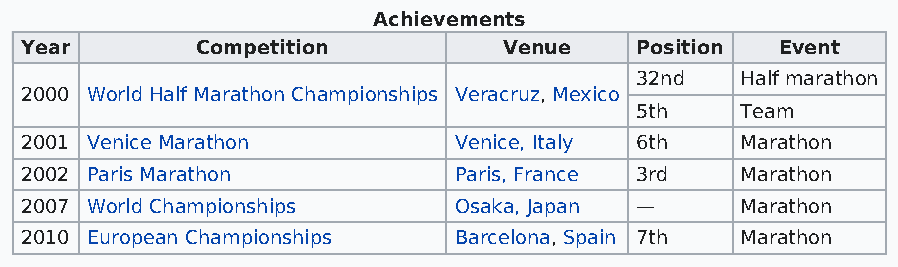
Achievements
 Year        Competition         Venue    Position  Event
 32nd   Half marathon
 2000 World Half Marathon Championships Veracruz, Mexico
 5th    Team
 2001 Venice Marathon         Venice, Italy 6th  Marathon
 2002 Paris Marathon          Paris, France 3rd  Marathon
 2007 World Championships     Osaka, Japan —     Marathon
 2010 European Championships  Barcelona, Spain 7th Marathon